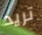
تريد